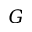
G